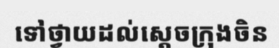
ទៅថ្វាយដល់ស្តេចក្រុងចិន